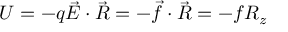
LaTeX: U = - q { \vec { E } } \cdot { \vec { R } } = - { \vec { f } } \cdot { \vec { R } } = - f R _ { z }